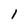
Character: 1